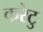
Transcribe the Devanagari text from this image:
करेटु